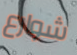
شوارع